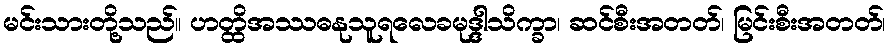
မင်းသားတို့သည်။ ဟတ္ထိအဿဓနုသူရလေခမုဒ္ဒါသိက္ခာ၊ ဆင်စီးအတတ်၊ မြင်းစီးအတတ်၊